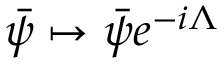
{ \bar { \psi } } \mapsto { \bar { \psi } } e ^ { - i \Lambda }